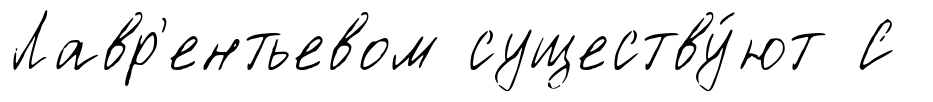
Лавр'ентьевом существу́ют С